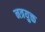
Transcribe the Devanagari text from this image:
नत्रयुक्त